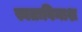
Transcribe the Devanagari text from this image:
स्वतःविनाश